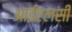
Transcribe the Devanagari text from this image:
आईएलसी